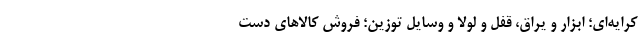
کرایه‌ای؛ ابزار و یراق، قفل و لولا و وسایل توزین؛ فروش کالاهای دست